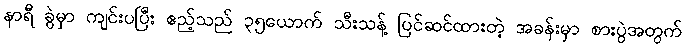
နာရီ ခွဲမှာ ကျင်းပပြီး ဧည့်သည် ၃၅ယောက် သီးသန့် ပြင်ဆင်ထားတဲ့ အခန်းမှာ စားပွဲအတွက်